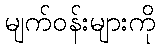
မျက်ဝန်းများကို